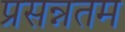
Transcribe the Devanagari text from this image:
प्रसन्नतम